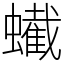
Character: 蠘